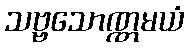
သဗ္ဗသောဏ္ဏမယံ